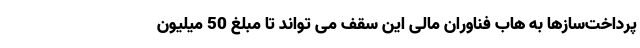
پرداخت‌سازها به هاب فناوران مالی این سقف می تواند تا مبلغ 50 میلیون